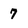
Character: 7